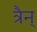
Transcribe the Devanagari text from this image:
त्रैन्